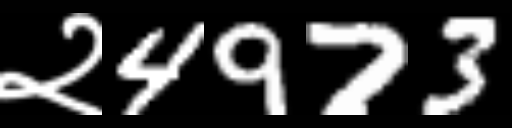
Text: २4973